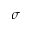
\sigma